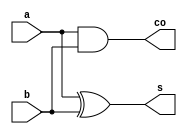
`timescale 1ns / 1ps
//////////////////////////////////////////////////////////////////////////////////
// Company: NTHUEE
// 
// Design Name: 
// Module Name:    HalfAdder 
// Project Name: Lab2
// Target Devices: 
// Tool versions: 
// Description: 
//
// Dependencies: 
//
// Revision: 
// Revision 0.01 - File Created
// Additional Comments: 
//
//////////////////////////////////////////////////////////////////////////////////
module HalfAdder(
    input a,
    input b,
    output s,
    output co
    );

assign s=a^b;
assign co=a&b;

endmodule